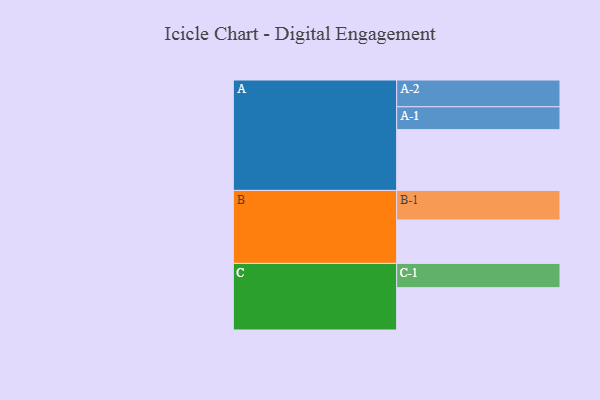
{"axis": {"x": "Segment", "y": "Value"}, "legend": ["", "A", "B", "C"], "data": [{"x": "A", "y": 563, "type": ""}, {"x": "B", "y": 402, "type": ""}, {"x": "C", "y": 392, "type": ""}, {"x": "A-1", "y": 212, "type": "A"}, {"x": "A-2", "y": 248, "type": "A"}, {"x": "B-1", "y": 274, "type": "B"}, {"x": "C-1", "y": 225, "type": "C"}]}